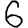
Digit: 6